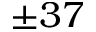
\pm 3 7